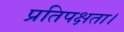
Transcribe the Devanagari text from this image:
प्रतिपक्षता।